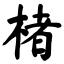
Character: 楮